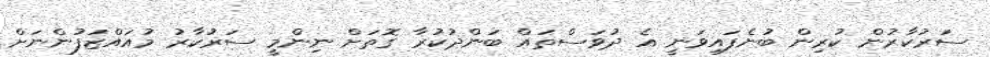
ސަރުކާރުން ކުރިން ބުނެފައިވަނީ އެ ދުވަސްތައް ބަންދުކުރާ ގޮތަށް ނިންމީ ސަރުކާރު މުއައްޒަފުންނަށް